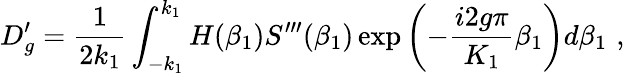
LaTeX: D_{g}^{\prime}=\frac{1}{2k_{1}}\int_{-k_{1}}^{k_{1}}H(\beta_{1})S^{\prime\prime\prime}(\beta_{1})\exp\left(-\frac{i2g\pi}{K_{1}}\beta_{1}\right)d\beta_{1}\, \, ,